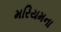
મરિયમના